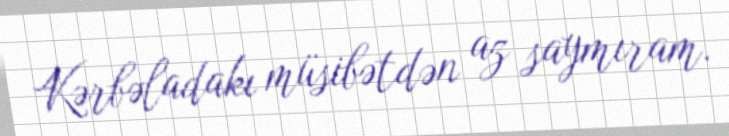
Kərbəladakı müsibətdən az saymıram.